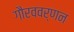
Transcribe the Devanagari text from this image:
गौरववर्णन